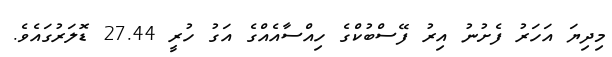
މިދިޔަ އަހަރު ފެށުނު އިރު ފޭސްބުކްގެ ހިއްސާއެއްގެ އަގު ހުރީ 27.44 ޑޮލަރުގައެވެ.